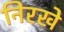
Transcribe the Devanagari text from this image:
निरखे